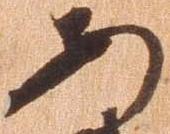
あ